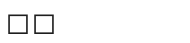
٢٧